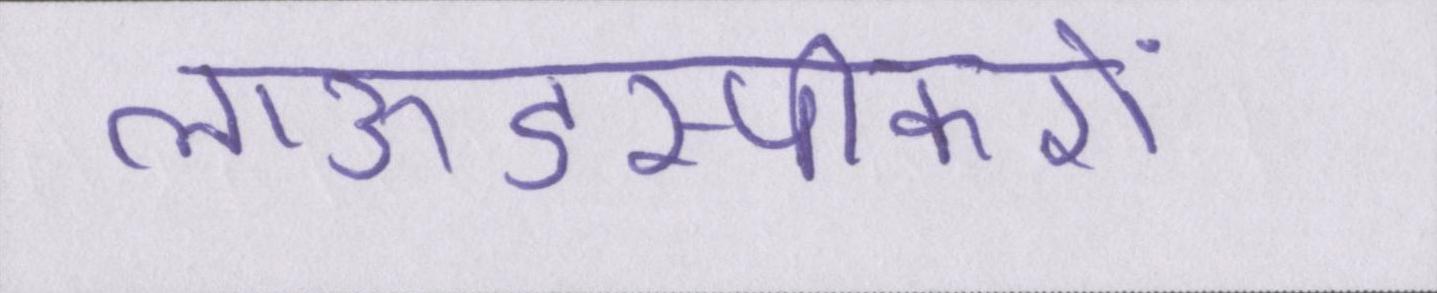
लाऊडस्पीकरों